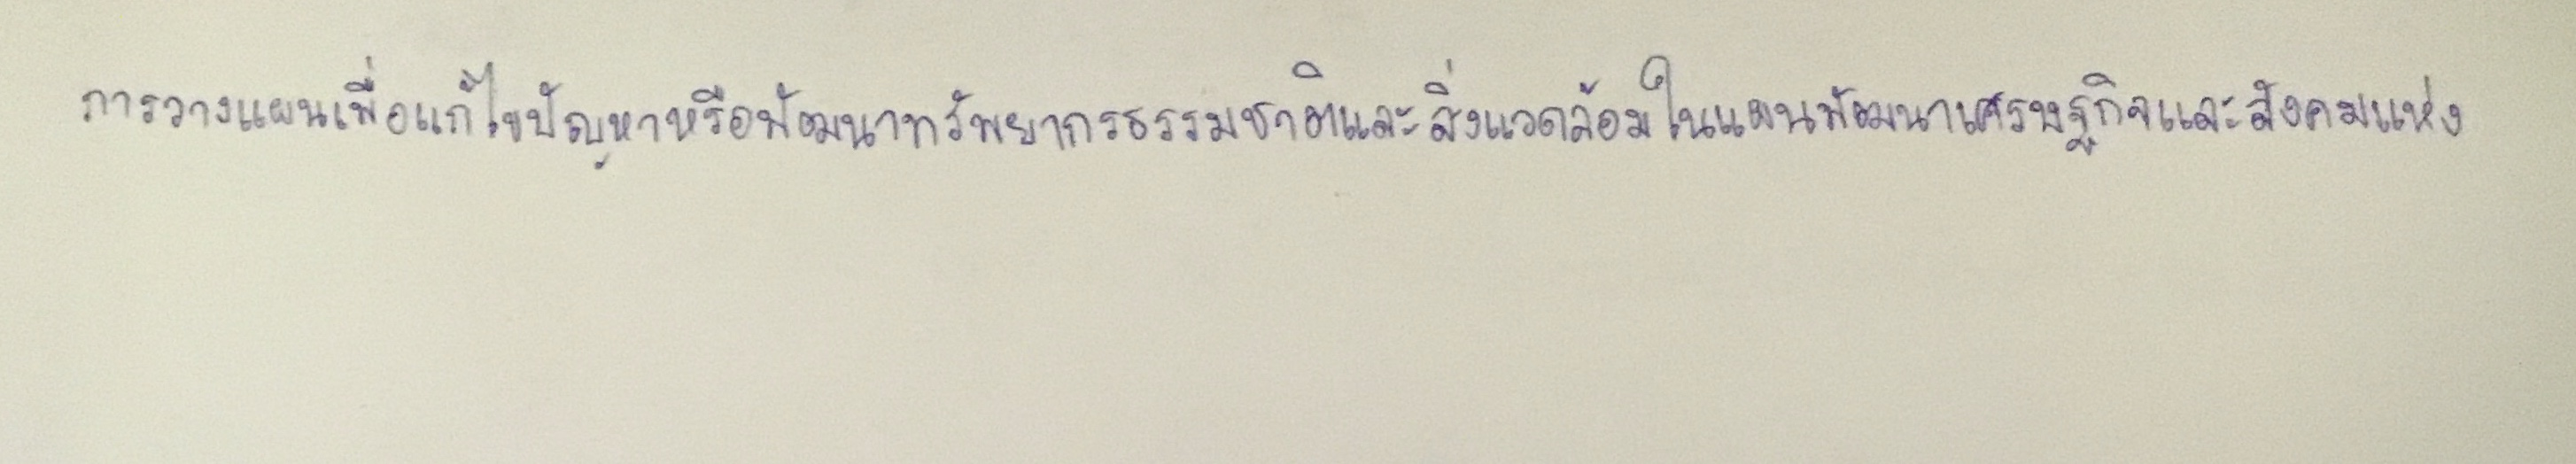
การวางแผนเพื่อแก้ไขปัญหาหรือพัฒนาทรัพยากรธรรมชาติและสิ่งแวดล้อมในแผนพัฒนาเศรษฐกิจและสังคมแห่ง